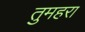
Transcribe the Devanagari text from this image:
तुमहरा